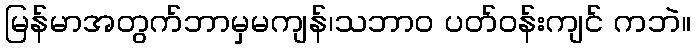
မြန်မာအတွက်ဘာမှမကျန်၊သဘာဝ ပတ်ဝန်းကျင် ကဘဲ။